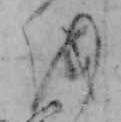
を